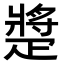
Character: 𤴠